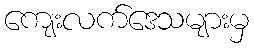
ကျေးလက်ဒေသများမှ